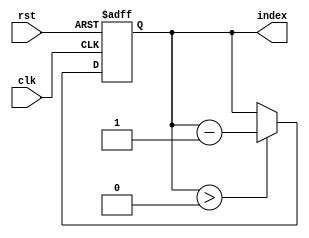
module decremental_for_loop (
    input wire clk,
    input wire rst,
    output reg [7:0] index
);

// Initialize loop index variable
initial begin
    index <= 10;  // Start from max value
end

// Decrement index variable on each clock cycle
always @(posedge clk or posedge rst) begin
    if (rst) begin
        index <= 10;  // Reset index value
    end else begin
        if (index > 0) begin
            index <= index - 1;  // Decrement index
            // Perform actions based on index value
            // (Add your operations here)
        end
    end
end

endmodule